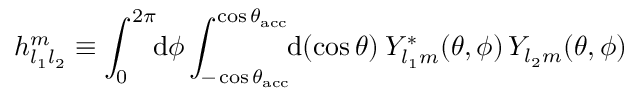
h _ { l _ { 1 } l _ { 2 } } ^ { m } \equiv \int _ { 0 } ^ { 2 \pi } \! \! \mathrm { d } \phi \int _ { - \cos { \theta _ { \mathrm { a c c } } } } ^ { \cos { \theta _ { \mathrm { a c c } } } } \! \! \mathrm { d } ( \cos { \theta } ) \: Y _ { l _ { 1 } m } ^ { * } ( \theta , \phi ) \, Y _ { l _ { 2 } m } ( \theta , \phi )